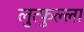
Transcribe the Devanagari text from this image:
लुत्फुल्ला